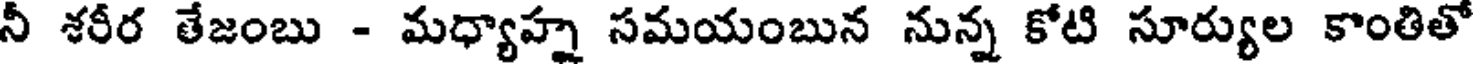
నీ శరీర తేజంబు - మధ్యాహ్న సమయంబున నున్న కోటి సూర్యుల కాంతితో